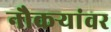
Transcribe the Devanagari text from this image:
नौकऱ्यांवर